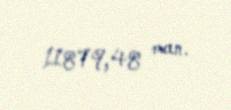
11879,48 man.